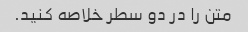
متن را در دو سطر خلاصه کنید.